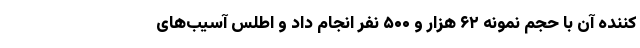
کننده آن با حجم نمونه ۶۲ هزار و ۵۰۰ نفر انجام داد و اطلس آسیب‌های